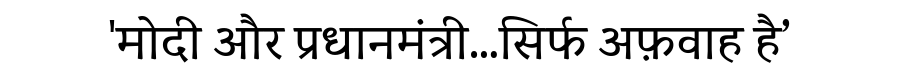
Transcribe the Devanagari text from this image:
'मोदी और प्रधानमंत्री…सिर्फ अफ़वाह है’